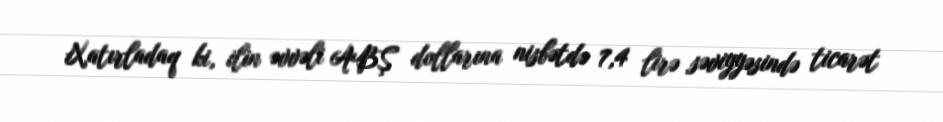
Xatırladaq ki, ilin əvvəli ABŞ dollarına nisbətdə 7,4 lirə səviyyəsində ticarət